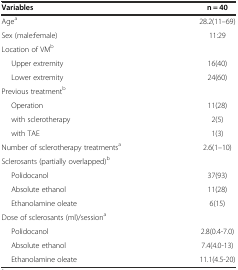
| Variables | n = 40 |
 | --- | --- |
 | Agea | 28.2(11–69) |
 | Sex (male:female) | 11:29 |
 | Location of VMb |  |
 | Upper extremity | 16(40) |
 | Lower extremity | 24(60) |
 | Previous treatmentb |  |
 | Operation | 11(28) |
 | with sclerotherapy | 2(5) |
 | with TAE | 1(3) |
 | Number of sclerotherapy treatmentsa | 2.6(1–10) |
 | Sclerosants (partially overlapped)b |  |
 | Polidocanol | 37(93) |
 | Absolute ethanol | 11(28) |
 | Ethanolamine oleate | 6(15) |
 | Dose of sclerosants (ml)/sessiona |  |
 | Polidocanol | 2.8(0.4-7.0) |
 | Absolute ethanol | 7.4(4.0-13) |
 | Ethanolamine oleate | 11.1(4.5-20) |